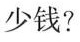
少钱?